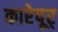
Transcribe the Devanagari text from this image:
कारेपूर्